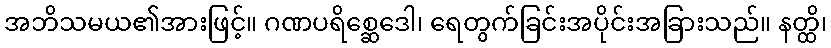
အဘိသမယ၏အားဖြင့်။ ဂဏပရိစ္ဆေဒေါ၊ ရေတွက်ခြင်းအပိုင်းအခြားသည်။ နတ္ထိ၊